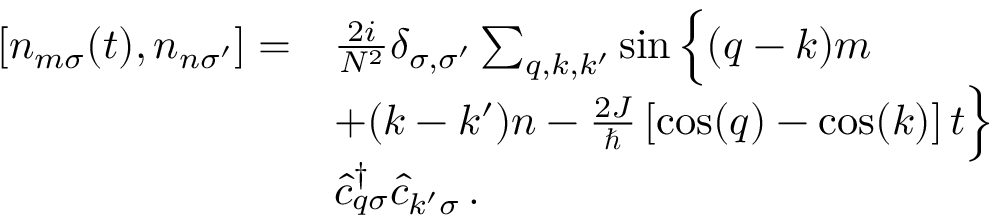
\begin{array} { r l } { \left[ n _ { m \sigma } ( t ) , n _ { n \sigma ^ { \prime } } \right] = } & { \frac { 2 i } { N ^ { 2 } } \delta _ { \sigma , \sigma ^ { \prime } } \sum _ { q , k , k ^ { \prime } } \sin \Big \{ ( q - k ) m } \\ & { + ( k - k ^ { \prime } ) n - \frac { 2 J } { \hbar } \left[ \cos ( q ) - \cos ( k ) \right] t \Big \} } \\ & { \hat { c } _ { q \sigma } ^ { \dagger } \hat { c } _ { k ^ { \prime } \sigma } \, . } \end{array}